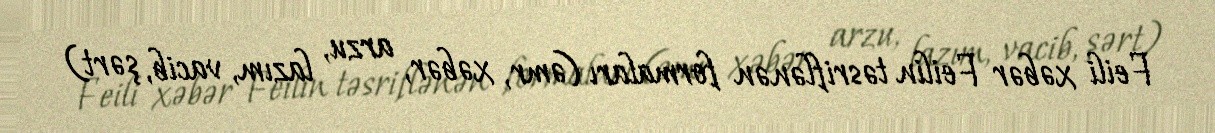
Feili xəbər Feilin təsriflənən formaları (əmr, xəbər, arzu, lazım, vacib, şərt)